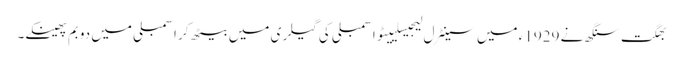
بھگت سنگھ نے 1929ء میں سینٹرل لیجیسلییٹو اسمبلی کی گیلری میں بیٹھ کر اسمبلی میں دو بم پھینکے۔